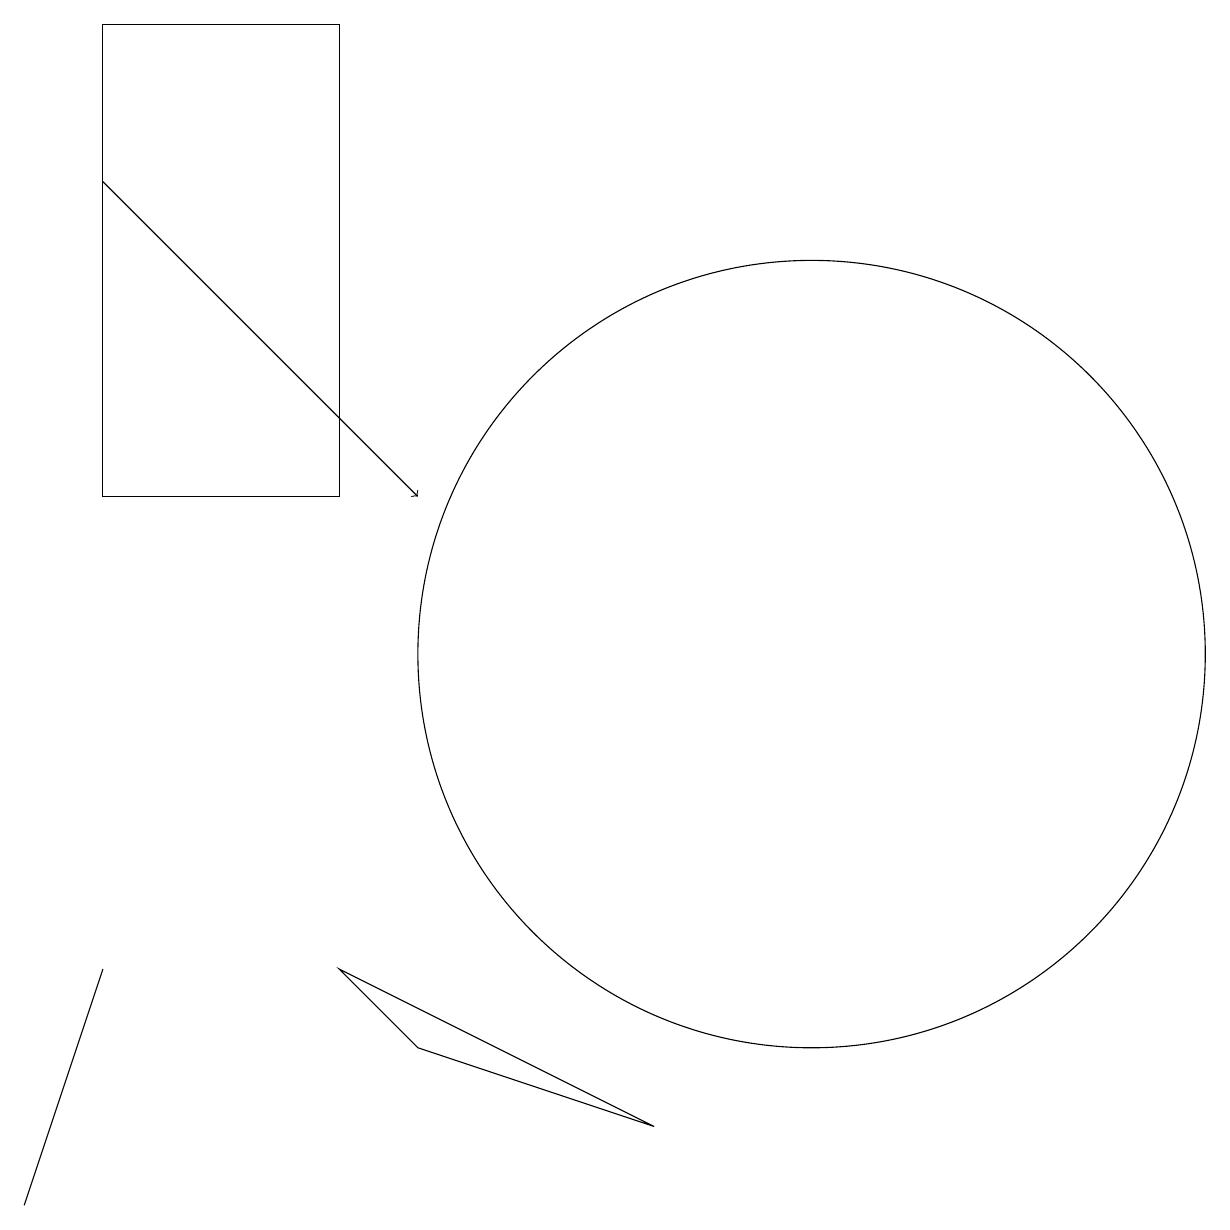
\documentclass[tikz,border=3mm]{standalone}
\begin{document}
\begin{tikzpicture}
\draw (10,11) circle (5);
\draw[->] (1,17) -- (5,13);
\draw (4,7) -- (8,5) -- (5,6) -- cycle;
\draw (1,13) rectangle (4,19);
\draw (1,7) -- (1,7) -- (0,4) -- cycle;
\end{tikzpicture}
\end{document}